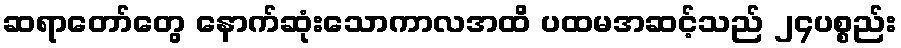
ဆရာတော်တွေ နောက်ဆုံးသောကာလအထိ ပထမအဆင့်သည် ၂၄ပစ္စည်း